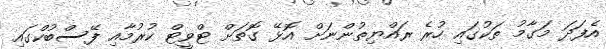
އެފަދަ މަގާމު ތަކުގައި ހުރެ ރައްޔިތުންނަށް އޮޅޭ ގޮތަށް ޓްވީޓް ކުރުމާއި ފޭސްބުކްގައި